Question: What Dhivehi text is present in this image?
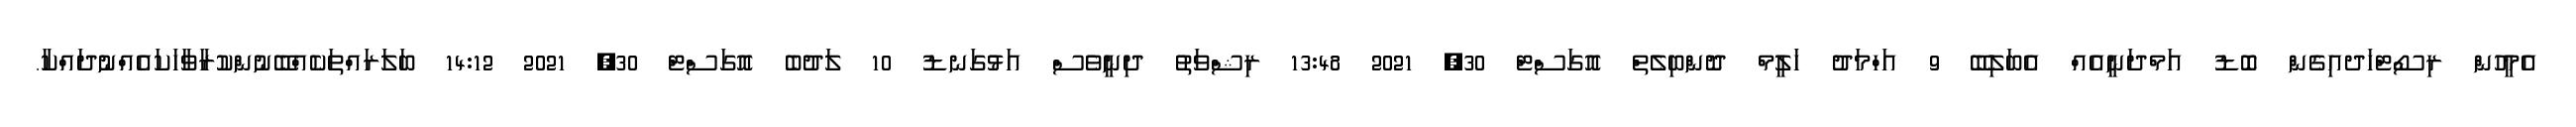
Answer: އެމީހުން ރިސޯޓްހަދއިގެން ބޮޑު އަމްދަނީއެއް އެބަލިބޭ 9 އަހްމަދު ހަލީމް ދޮންބިލެތް އޮގަސްޓް 30, 2021 13:48 ރިޝްވަތު ދިނީވެސް އަޅުގަނޑު 10 ލަދުބެ އޮގަސްޓް 30, 2021 14:12 ބަލަރައްތަކެއްބޭނުންކުރާވާހަކައެއްނުދައްކާ.